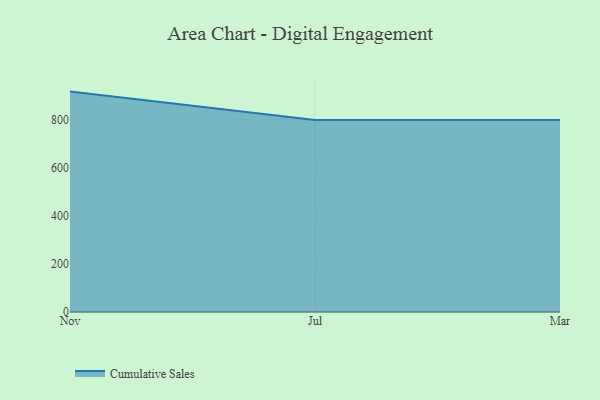
{"axis": {"x": "Month", "y": "Inventory Turnover"}, "legend": ["Cumulative Sales"], "data": [{"x": "Nov", "y": 918.4, "type": "Cumulative Sales"}, {"x": "Jul", "y": 800, "type": "Cumulative Sales"}, {"x": "Mar", "y": 800, "type": "Cumulative Sales"}]}